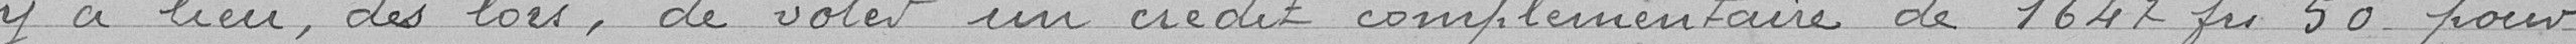
y a lieu dès lors, de voter un crédit complémentaire de 1.647,50 francs pour